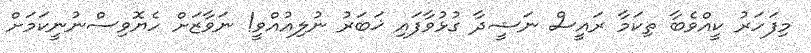
މިފަހަރު ކީއްވެބާ ތިކަމާ ރައީސް ނަޝީދާ ގުޅުވާފައި ޚަބަރު ނުލިއުއްވީ! ނަވާޒަށް ހެޔޮވިސްނުނީކަމަށް